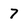
Character: 7